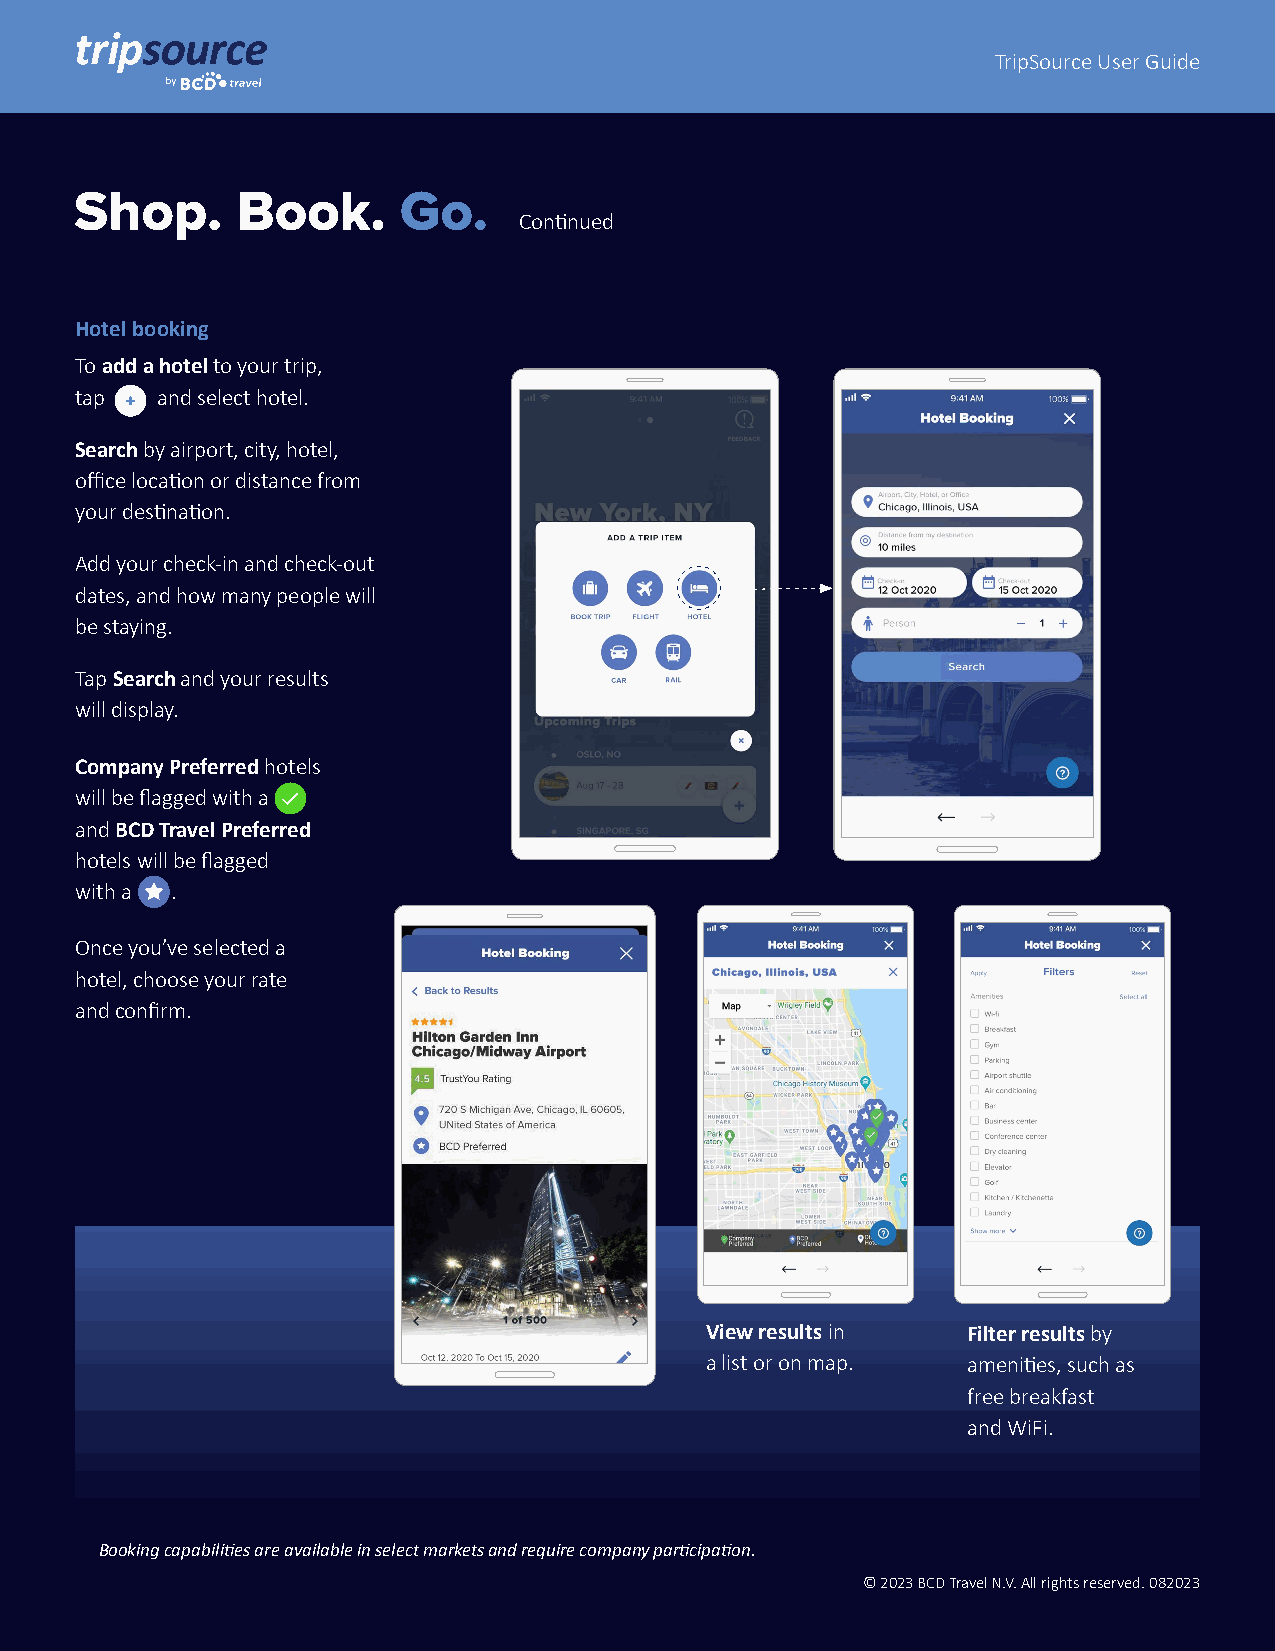
TripSource User Guide
 Shop.      Book.     Go.
 Continued
 Hotel booking
 To add a hotel to your trip,
 tap  and select hotel.
 Search by airport, city, hotel,
 office location or distance from
 your destination.
 Add your check-in and check-out
 dates, and how many people will
 be staying.
 Tap Search and your results
 will display.
 Company Preferred hotels
 will be flagged with a
 and BCD Travel Preferred
 hotels will be flagged
 with a .
 Once you’ve selected a
 hotel, choose your rate
 and confirm.
 View results in  Filter results by
 a list or on map. amenities, such as
 free breakfast
 and WiFi.
 Booking capabilities are available in select markets and require company participation.
 © 2023 BCD Travel N.V. All rights reserved. 082023